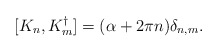
\begin{align*}[K_n,K^{\dagger}_m]= (\alpha + 2 \pi n) \delta _{n,m}.\end{align*}